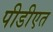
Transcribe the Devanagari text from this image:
पीडीएत